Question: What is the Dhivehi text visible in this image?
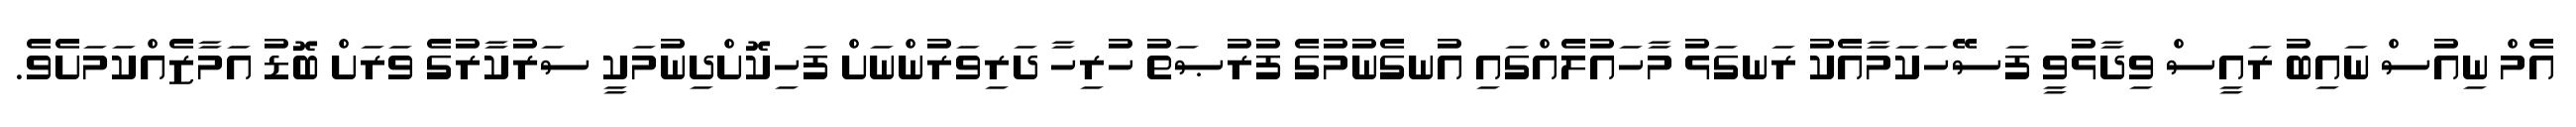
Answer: އެމް ނިއުސް ނައިބު ރައީސް ވިދާޅުވީ ފަސޭހަކަމާއެކު ރަނގަޅު މާހައުލެއްގައި އުނގެނުމުގެ ފުރުޞަތު ހުރިހާ ދަރިވަރުންނަށް ފަހިކޮށްދިނުމަކީ ސަރުކާރުގެ ވަރަށް ބޮޑު އަމާޒެއްކަމަށެވެ.